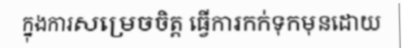
ក្នុងការសម្រេចចិត្ត ធ្វើការកក់ទុកមុនដោយ